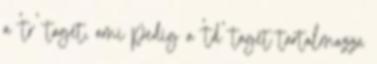
a 'tr' taget, ami pedig a 'td' taget tartalmazza